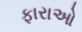
ફારાઓ